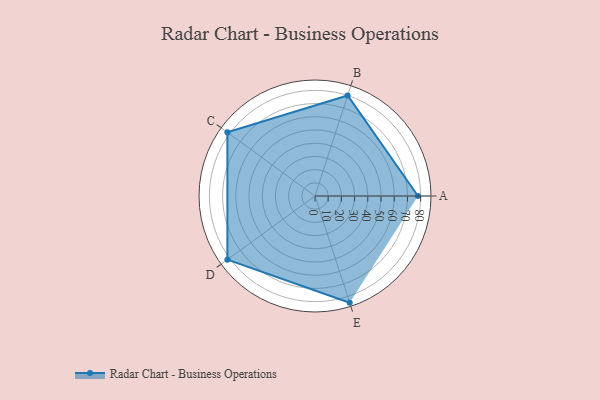
{"axis": {"x": "Skill", "y": "Score"}, "legend": ["Profile"], "data": [{"x": "A", "y": 78.0, "type": "Profile"}, {"x": "B", "y": 80.0, "type": "Profile"}, {"x": "C", "y": 82.0, "type": "Profile"}, {"x": "D", "y": 82.0, "type": "Profile"}, {"x": "E", "y": 85.0, "type": "Profile"}]}